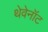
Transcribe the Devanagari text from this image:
थेवेनॉट